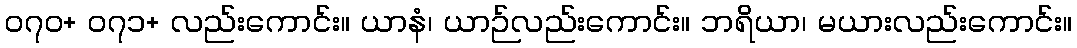
၀၇၀+ ၀၇၁+ လည်းကောင်း။ ယာနံ၊ ယာဉ်လည်းကောင်း။ ဘရိယာ၊ မယားလည်းကောင်း။